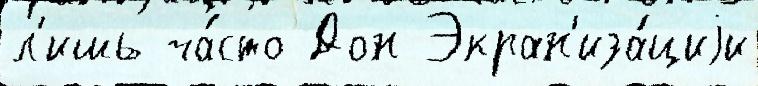
л'ишь ча́сто Дон Экран'иза́циjи